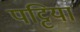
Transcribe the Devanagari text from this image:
पट्टिया